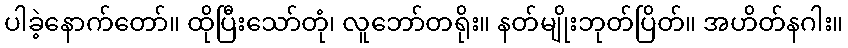
ပါခဲ့နောက်တော်။ ထိုပြီးသော်တုံ၊ လူဘော်တရိုး။ နတ်မျိုးဘုတ်ပြိတ်။ အဟိတ်နဂါး။